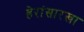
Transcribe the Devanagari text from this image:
हेरांसारखा